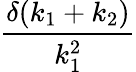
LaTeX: \frac{\delta(k_{1}+k_{2})}{k_{1}^{2}}